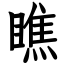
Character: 瞧